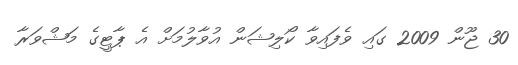
30 ޖޫން 2009 ގައި ވެފައިވާ ކޯލިޝަން އުވާލުމަށް އެ ޕާޓީގެ މަޝްވަރާ